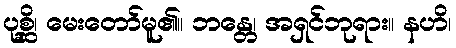
ပုစ္ဆိ၊ မေးတော်မူ၏။ ဘန္တေ၊ အရှင်ဘုရား။ နဟိ၊